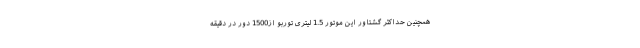
همچنین حداکثر گشتاور این موتور 1.5 لیتری توربو از1500 دور در دقیقه